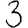
Digit: 3